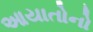
આયાતોનો